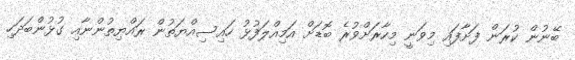
ބޭނުން ކުރަން ފަށާފައި މިވަނީ މިހާރަށްވުރެ ބޮޑަށް އަމިއްލަފުޅު ހައިސިއްޔަތުން ރައްޔިތުންނާއި ގުޅުންބަދަހި